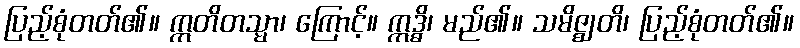
ပြည့်စုံတတ်၏။ ဣတိတသ္မာ၊ ကြောင့်။ ဣဒ္ဓိ၊ မည်၏။ သမိဇ္ဈတိ၊ ပြည့်စုံတတ်၏။